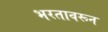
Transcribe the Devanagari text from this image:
भरतावरून